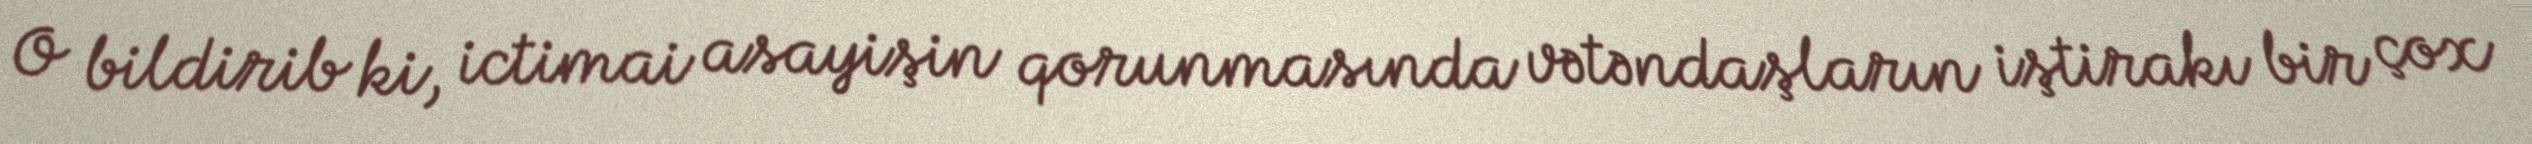
O bildirib ki, ictimai asayişin qorunmasında vətəndaşların iştirakı bir çox